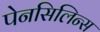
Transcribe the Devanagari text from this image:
पेनसिलिन्स